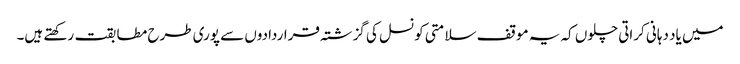
میں یاد دہانی کراتی چلوں کہ یہ موقف سلامتی کونسل کی گزشتہ قراردادوں سے پوری طرح مطابقت رکھتے ہیں۔